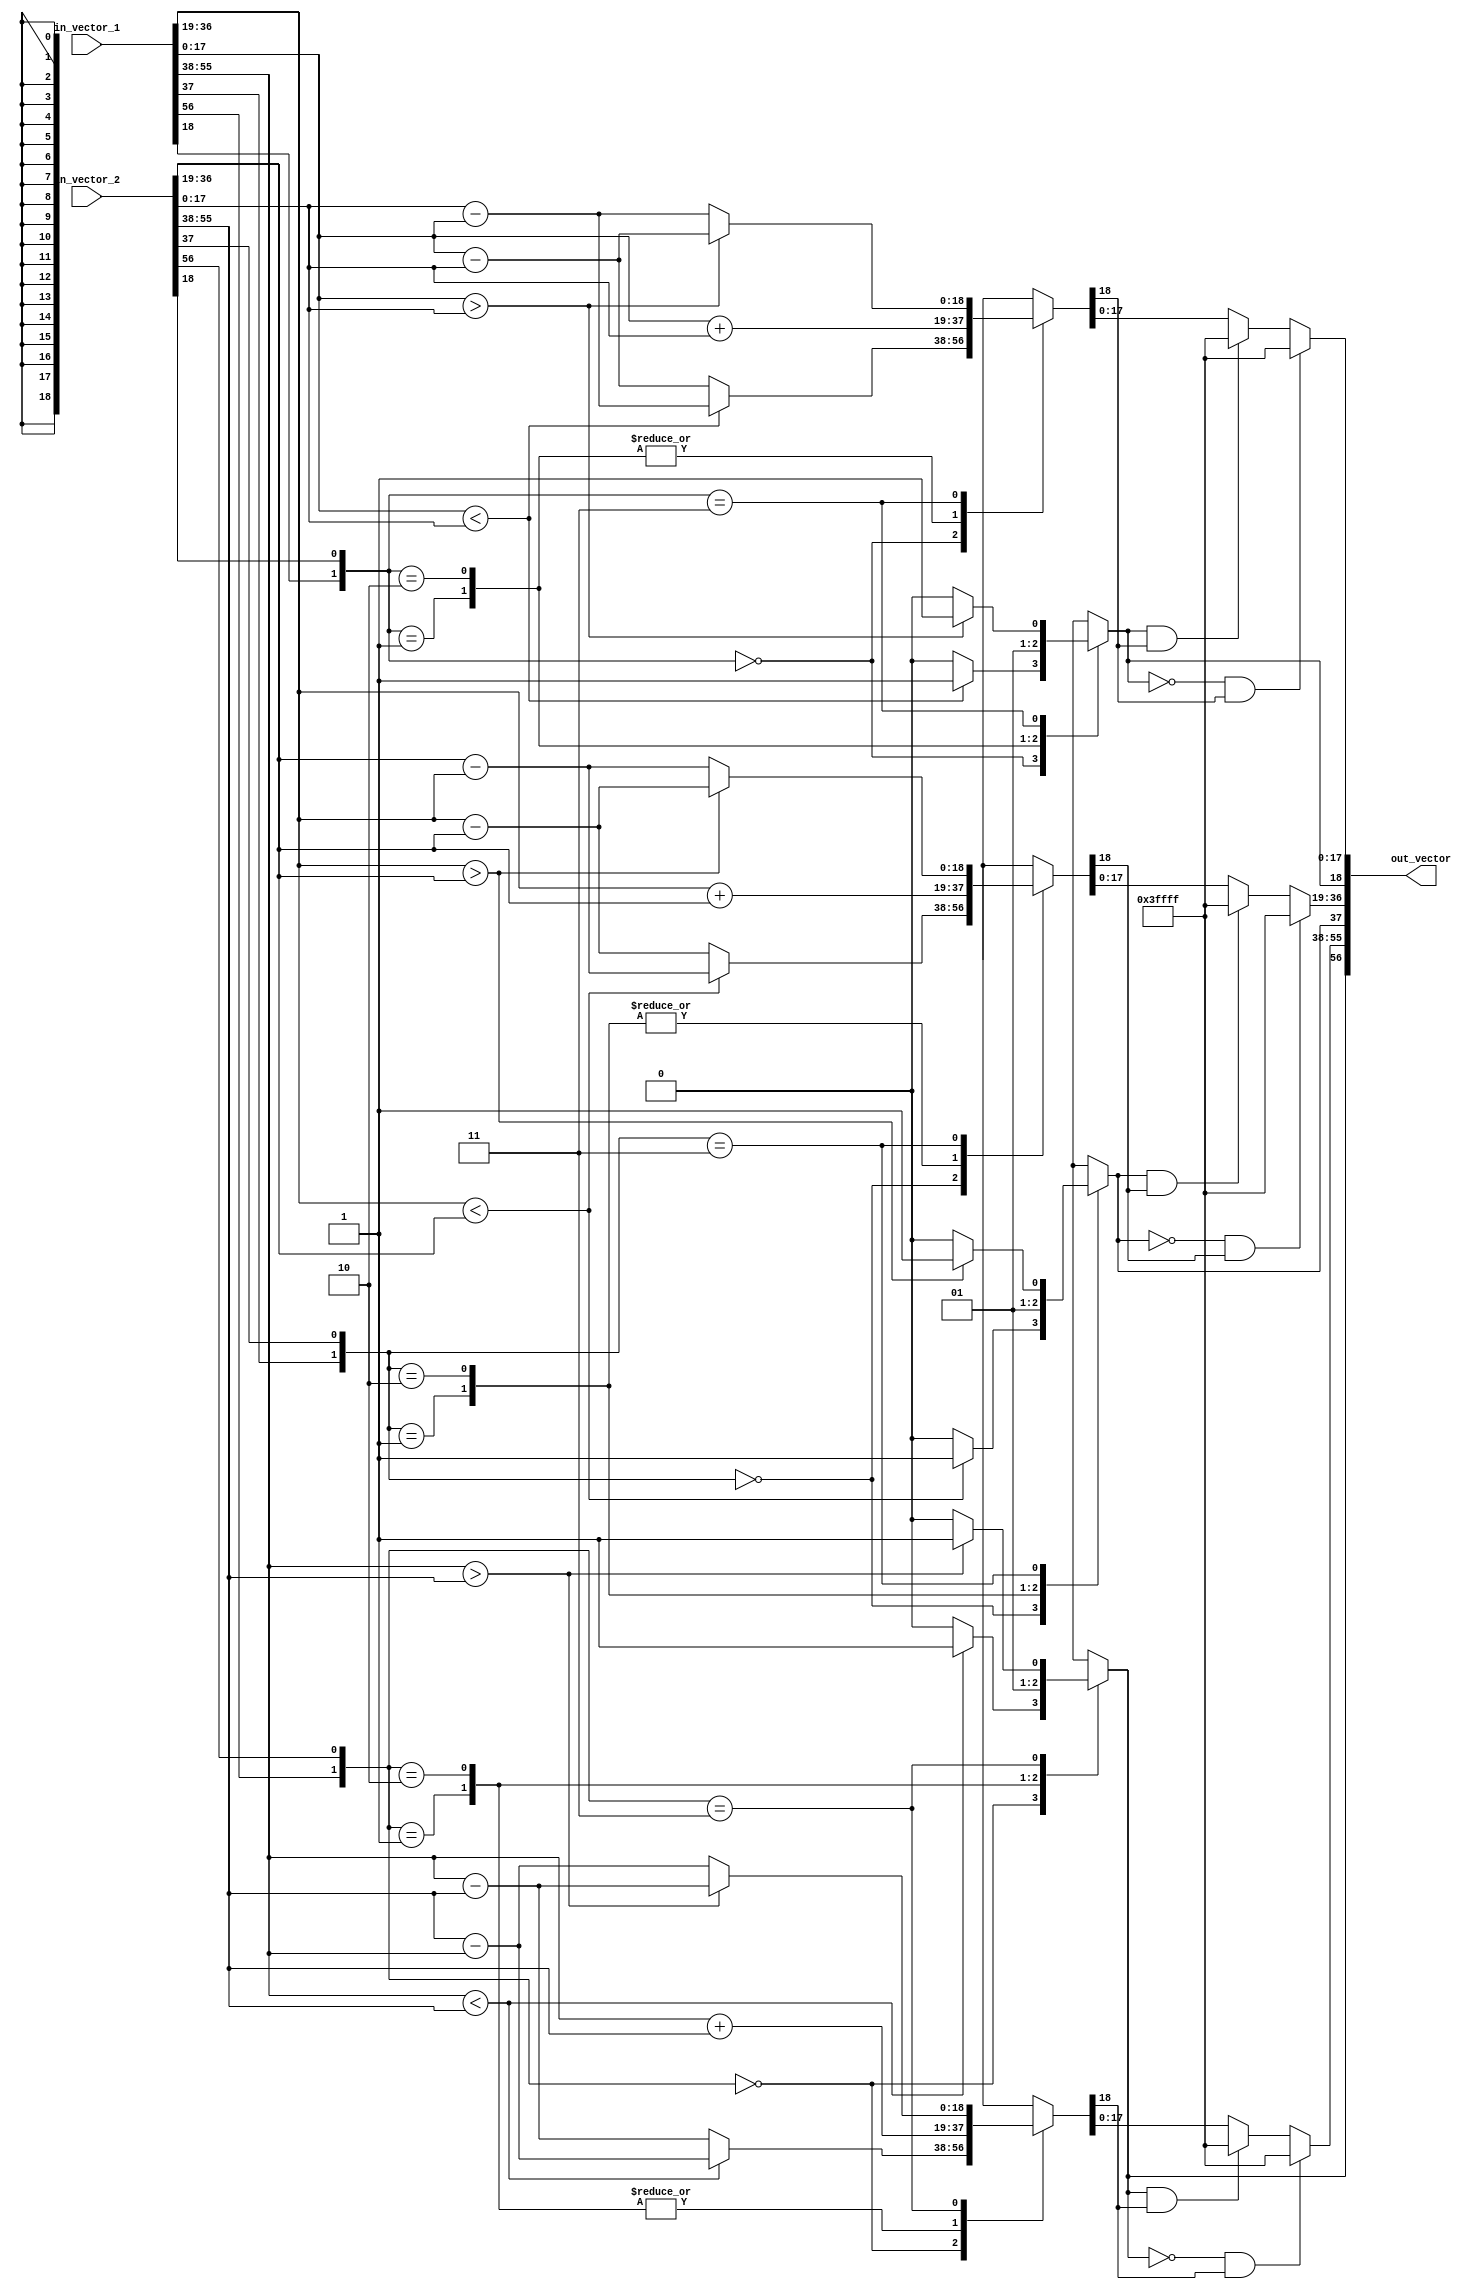
/*
     Hardware implementation                                          //  pg38, 39  
     Vector Addition Implementation                                   //  pg38
     All (most) data types - 57 bits long                             //  pg16
     10 bit precision is being used                                   //  pg36
     ray = {x, y, z}                                                  //  concatenation   //pg39
     19 bits are signed fixed point numbers
     9 bits decimal + 10 bits fractional = 19 bits per dimension
     3*19 bits = 57 bits per coordinate
     VECTOR_WIDTH = 57
     Signed Fixed Point  = {Sign, Integer, Fraction}
     https://www.tutorialspoint.com/fixed-point-and-floating-point-number-representations
     https://www.tutorialspoint.com/negative-binary-numbers
*/


module signed_vector_subtraction (in_vector_1, in_vector_2, out_vector);

  input wire  [56:0] in_vector_1, in_vector_2;
  output wire [56:0] out_vector;                   // out_vector = in_vector_1 - in_vector_2

  wire [18:0] x1, y1, z1;   //19 bits 
  wire [18:0] x2, y2, z2;
  reg [19:0] x, y, z;       //20 bits to hold overflow


  /*
  assign {x1[18:0], y1[18:0], z1[18:0] } = in_vector_1[56:0];
  assign {x2[18:0], y2[18:0], z2[18:0] } = in_vector_2[56:0];
  */

  assign x1 = in_vector_1[56:38];   //    in_vector_1
  assign y1 = in_vector_1[37:19];
  assign z1 = in_vector_1[18:0];
  assign x2 = in_vector_2[56:38];   //    in_vector_2
  assign y2 = in_vector_2[37:19];
  assign z2 = in_vector_2[18:0];

  localparam BOTH_POS = 2'b00;              //  x1 +ve, x2 +ve  ;  y1 +ve, y2 +ve  ;  z1 +ve, z2 +ve  ;
  localparam FIRST_POS_SEC_NEG = 2'b01;     //  x1 +ve, x2 -ve  ;  y1 +ve, y2 -ve  ;  z1 +ve, z2 -ve  ;
  localparam FIRST_NEG_SEC_POS = 2'b10;     //  x1 -ve, x2 +ve  ;  y1 -ve, y2 +ve  ;  z1 -ve, z2 +ve  ;
  localparam BOTH_NEG = 2'b11;              //  x1 -ve, x2 -ve  ;  y1 -ve, y2 -ve  ;  z1 -ve, z2 -ve  ;

    always@ *
      begin : X_COMPONENT      

        case ( {x1[18], x2[18]} ) 
          BOTH_POS: begin                                  // (+x1) - (+x2) = (x1) - (x2)
                      if (x1[17:0] < x2[17:0])
                        begin
                          x[18:0] = x2[17:0] - x1[17:0];
                          x[19] = 1;                       //result is -ve
                        end
                  
                      else // (x1[17:0] >= x2[17:0])
                        begin
                          x[18:0] = x1[17:0] - x2[17:0];
                          x[19] = 0;                       //result is +ve
                        end
                    end //BOTH_POS

          FIRST_POS_SEC_NEG: begin                         // (+x1) - (-x2) = (x1) + (x2)
                               x[18:0] = x1[17:0] + x2[17:0];
                               x[19] = 0;                  //result is +ve 
                             end //FIRST_POS_SEC_NEG   
          
          FIRST_NEG_SEC_POS: begin                         // (-x1) - (+x2) = -((x1) + (x2))
                               x[18:0] = x1[17:0] + x2[17:0];
                               x[19] = 1;                  //result is -ve
                             end //FIRST_NEG_SEC_POS  

          BOTH_NEG: begin                                  // (-x1) - (-x2) = (x2) - (x1)
                      if (x1[17:0] > x2[17:0])
                        begin
                          x[18:0] = x1[17:0] - x2[17:0];
                          x[19] = 1;                       //result is -ve
                        end 

                      else // (x1[17:0] <= x2[17:0])    
                        begin
                          x[18:0] = x2[17:0] - x1[17:0];
                          x[19] = 0;                       //result is +ve
                        end
                    end //BOTH_NEG 
           
        endcase

        if( x[19] == 0 && x[18] == 1)                             // assigning min & max values on overflow
          begin
            x[17:0] = {18{1'b1}};  //replication operator
          end

        else if( x[19] == 1 && x[18] == 1)
          begin
            x[17:0] = {18{1'b1}};  //replication operator
          end

      end

    always@ *
      begin : Y_COMPONENT      

        case ( {y1[18], y2[18]} ) 
          BOTH_POS: begin                                  // (+y1) - (+y2) = (y1) - (y2)
                      if (y1[17:0] < y2[17:0])
                        begin
                          y[18:0] = y2[17:0] - y1[17:0];
                          y[19] = 1;                       //result is -ve
                        end
                  
                      else // (y1[17:0] >= y2[17:0])
                        begin
                          y[18:0] = y1[17:0] - y2[17:0];
                          y[19] = 0;                       //result is +ve
                        end
                    end //BOTH_POS

          FIRST_POS_SEC_NEG: begin                         // (+y1) - (-y2) = (y1) + (y2)
                               y[18:0] = y1[17:0] + y2[17:0];
                               y[19] = 0;                  //result is +ve 
                             end //FIRST_POS_SEC_NEG   
          
          FIRST_NEG_SEC_POS: begin                         // (-y1) - (+y2) = -((y1) + (y2))
                               y[18:0] = y1[17:0] + y2[17:0];
                               y[19] = 1;                  //result is -ve
                             end //FIRST_NEG_SEC_POS  

          BOTH_NEG: begin                                  // (-y1) - (-y2) = (y2) - (y1)
                      if (y1[17:0] > y2[17:0])
                        begin
                          y[18:0] = y1[17:0] - y2[17:0];
                          y[19] = 1;                       //result is -ve
                        end 

                      else // (y1[17:0] <= y2[17:0])    
                        begin
                          y[18:0] = y2[17:0] - y1[17:0];
                          y[19] = 0;                       //result is +ve
                        end
                    end //BOTH_NEG d
           
        endcase

        if( y[19] == 0 && y[18] == 1)                             // assigning min & max values on overflow
          begin
            y[17:0] = {18{1'b1}};  //replication operator
          end

        else if( y[19] == 1 && y[18] == 1)
          begin
            y[17:0] = {18{1'b1}};  //replication operator
          end

      end

    always@ *
      begin : Z_COMPONENT      

        case ( {z1[18], z2[18]} ) 
          BOTH_POS: begin                                  // (+z1) - (+z2) = (z1) - (z2)
                      if (z1[17:0] < z2[17:0])
                        begin
                          z[18:0] = z2[17:0] - z1[17:0];
                          z[19] = 1;                       //result is -ve
                        end
                  
                      else // (z1[17:0] >= z2[17:0])
                        begin
                          z[18:0] = z1[17:0] - z2[17:0];
                          z[19] = 0;                       //result is +ve
                        end
                    end //BOTH_POS

          FIRST_POS_SEC_NEG: begin                         // (+z1) - (-z2) = (z1) + (z2)
                               z[18:0] = z1[17:0] + z2[17:0];
                               z[19] = 0;                  //result is +ve 
                             end //FIRST_POS_SEC_NEG   
          
          FIRST_NEG_SEC_POS: begin                         // (-z1) - (+z2) = -((z1) + (z2))
                               z[18:0] = z1[17:0] + z2[17:0];
                               z[19] = 1;                  //result is -ve
                             end //FIRST_NEG_SEC_POS  

          BOTH_NEG: begin                                  // (-z1) - (-z2) = (z2) - (z1)
                      if (z1[17:0] > z2[17:0])
                        begin
                          z[18:0] = z1[17:0] - z2[17:0];
                          z[19] = 1;                       //result is -ve
                        end 

                      else // (z1[17:0] <= z2[17:0])    
                        begin
                          z[18:0] = z2[17:0] - z1[17:0];
                          z[19] = 0;                       //result is +ve
                        end
                    end //BOTH_NEG d
           
        endcase

        if( z[19] == 0 && z[18] == 1)                             // assigning min & max values on overflow
          begin
            z[17:0] = {18{1'b1}};  //replication operator
          end

        else if( z[19] == 1 && z[18] == 1)
          begin
            z[17:0] = {18{1'b1}};  //replication operator
          end

      end

  assign out_vector[56:0] = { {x[19], x[17:0]}, {y[19], y[17:0]}, {z[19], z[17:0]} };   // {x, y, z}      //   pg  39

endmodule